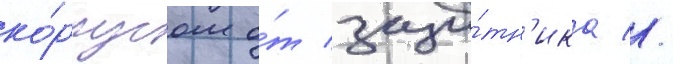
ко́рпусом о́т защи́тн'ика //